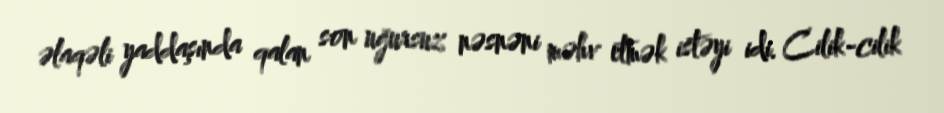
əlaqəli yaddaşında qalan son uğursuz nəsnəni məhv etmək istəyi idi. Cilik-cilik